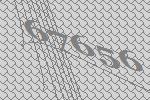
67656